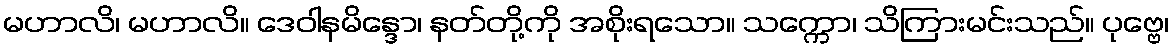
မဟာလိ၊ မဟာလိ။ ဒေဝါနမိန္ဒော၊ နတ်တို့ကို အစိုးရသော။ သက္ကော၊ သိကြားမင်းသည်။ ပုဗ္ဗေ၊